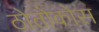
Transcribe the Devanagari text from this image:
ठोतोकोस